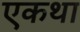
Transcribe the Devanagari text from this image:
एकथा